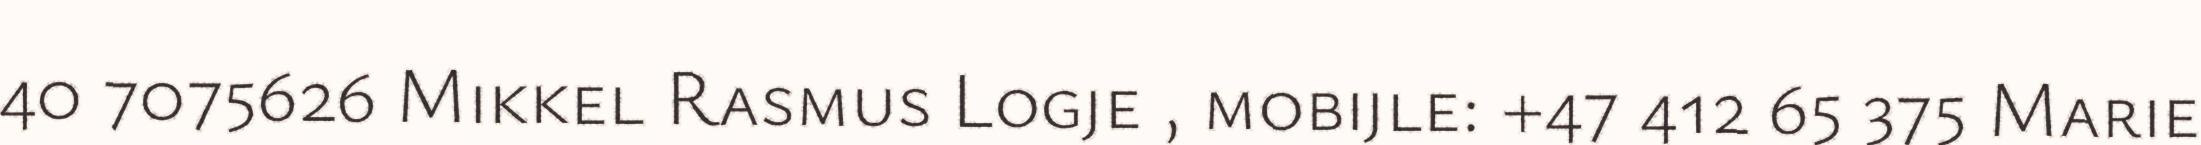
40 7075626 Mikkel Rasmus Logje , mobijle: +47 412 65 375 Marie